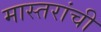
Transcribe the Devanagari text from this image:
मास्तरांची